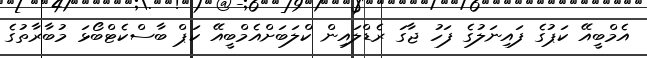
އެމްބީއޭ ކަޕުގެ ފައިނަލުގެ ފަހު ޖާގަ ރެޑްލައިން ކްލަބަށްއެމްބީއޭ ކަޕް ބާސްކެޓްބޯޅަ މުބާރާތުގެ